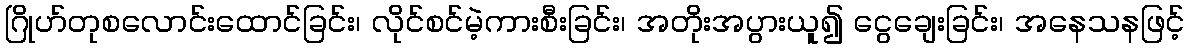
ဂြိုဟ်တုစလောင်းထောင်ခြင်း၊ လိုင်စင်မဲ့ကားစီးခြင်း၊ အတိုးအပွားယူ၍ ငွေချေးခြင်း၊ အနေသနဖြင့်